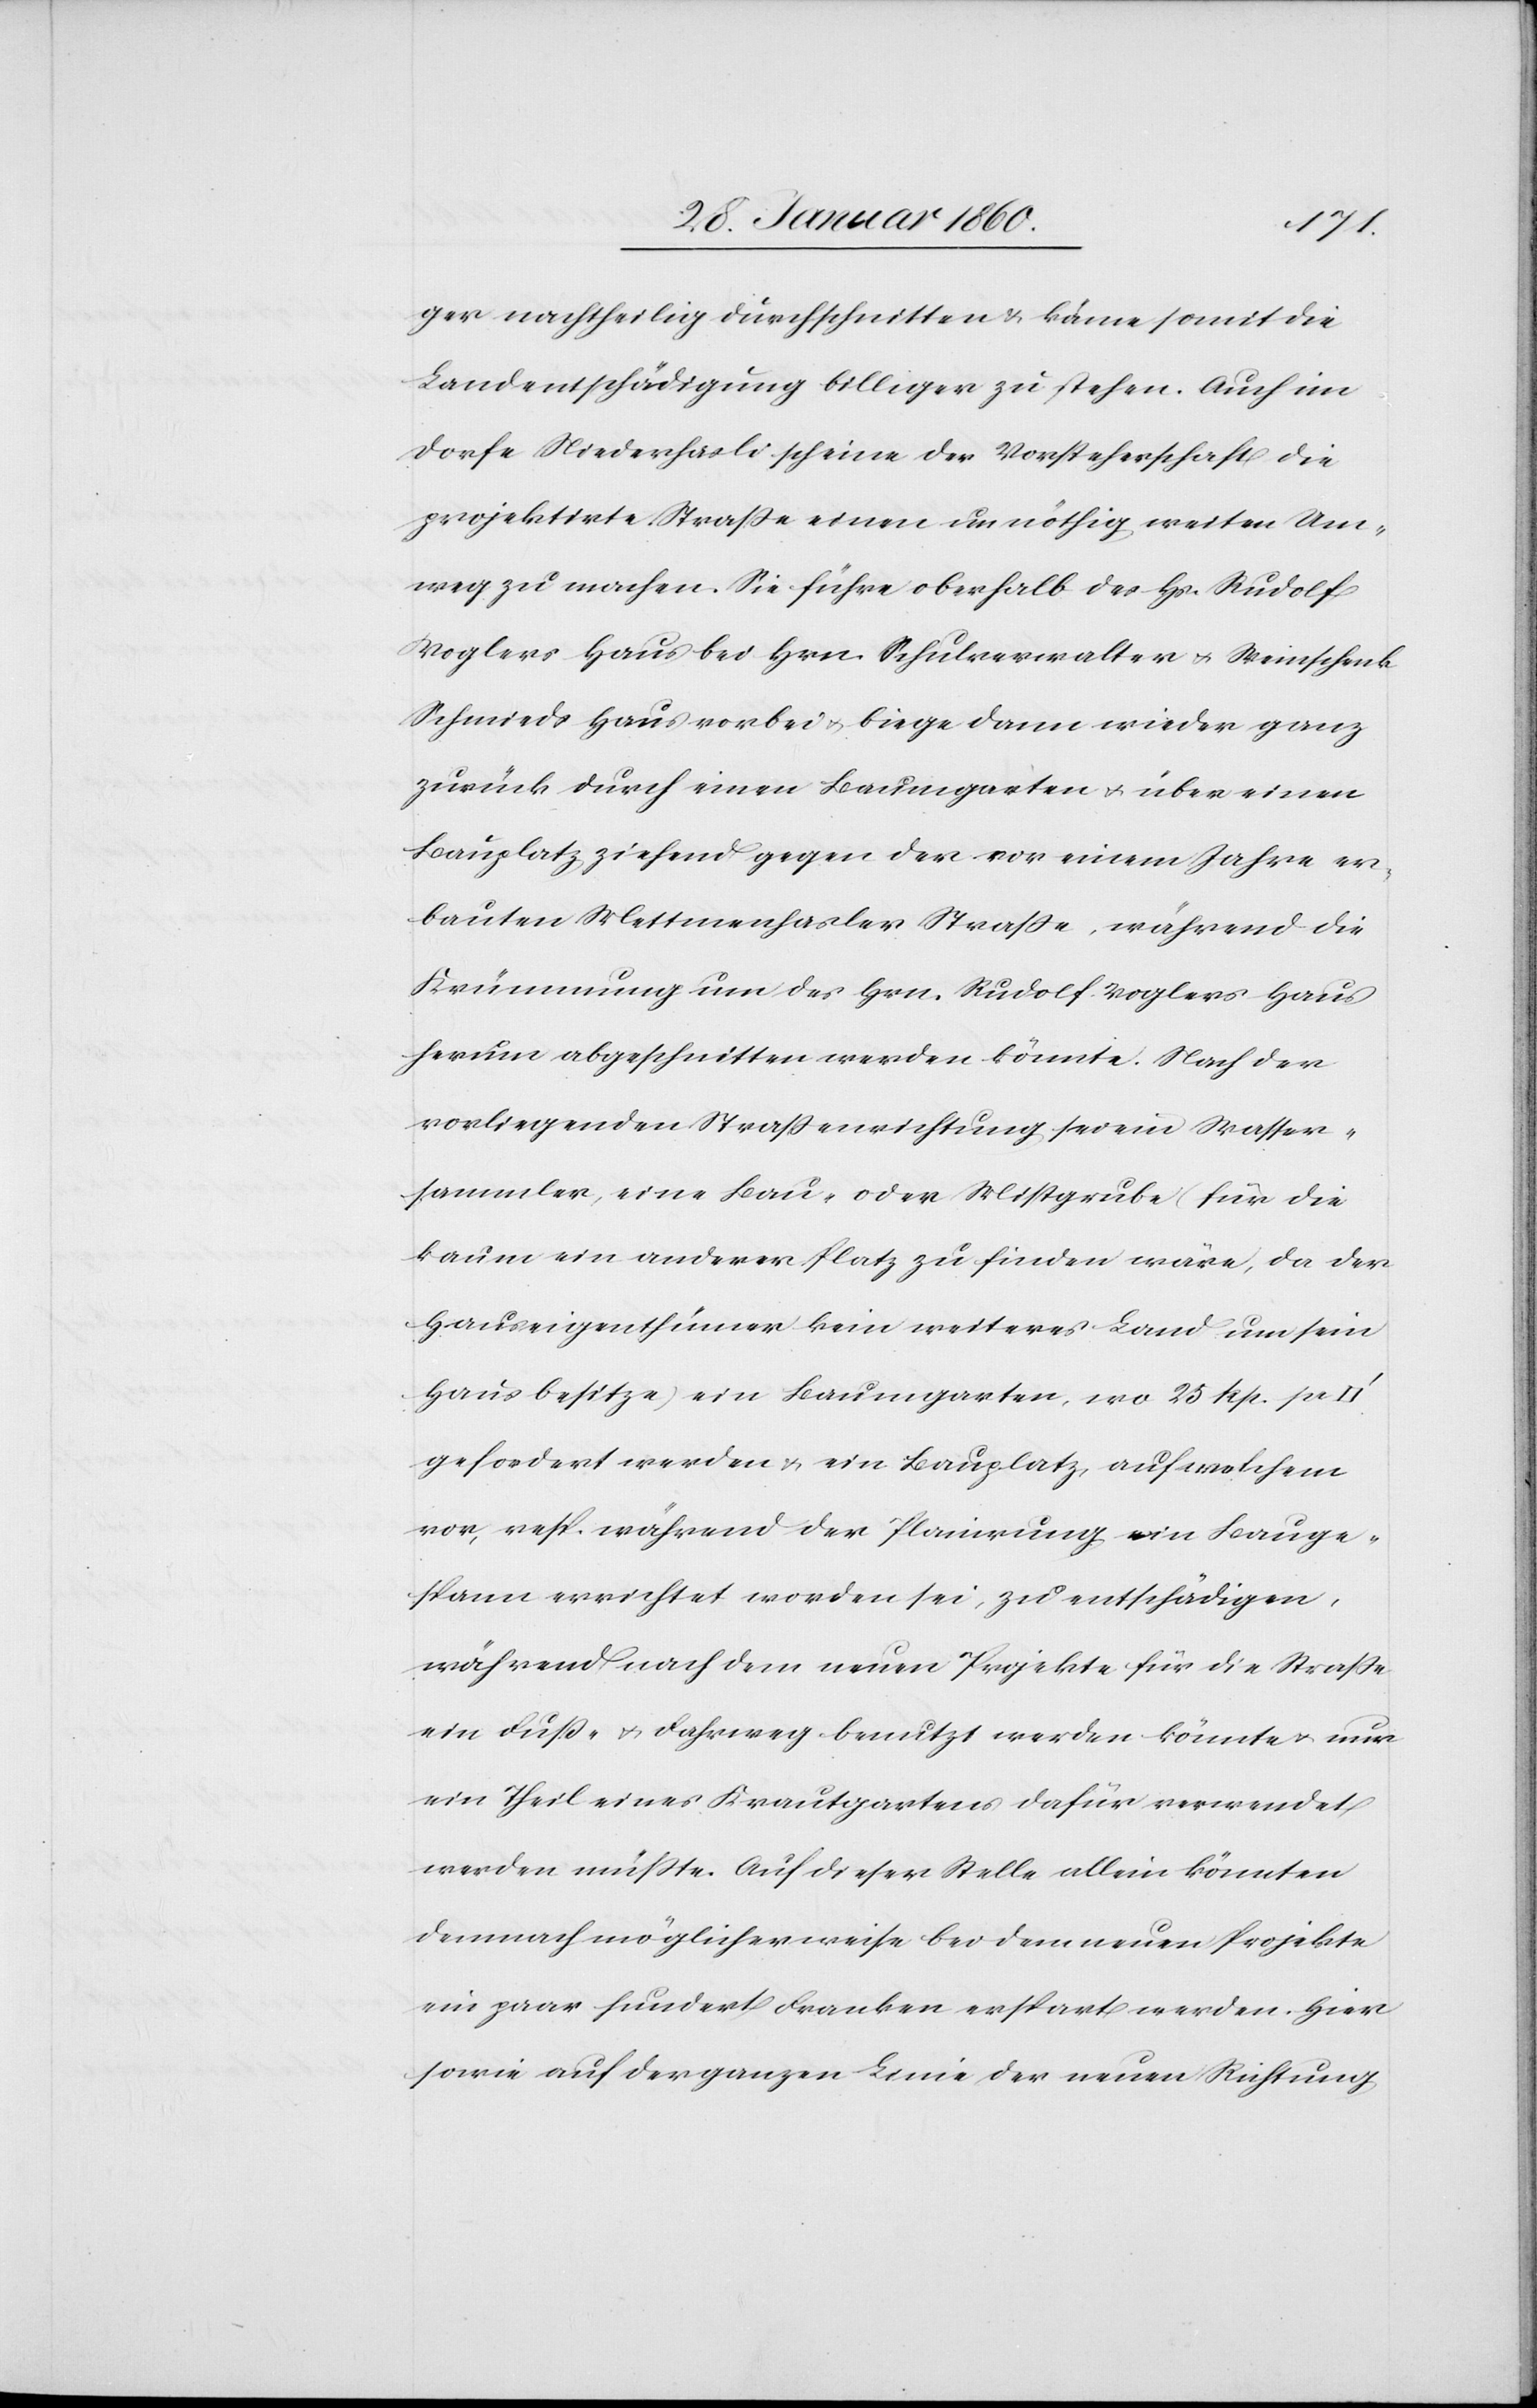
ger nachtheilig durchschnitten u. käme somit die
Landentschädigung billiger zu stehen. Auch im
Dorfe Niederhasli scheine der Vorsteherschaft die
projektirte Strasse einen unnöthigen weiten Um¬
weg zu machen. Sie führe oberhalb des Hr. Rudolf
Koglers Haus bei Hrn. Schulverwalter u. Weinschenk
Schmieds Haus vorbei u. biege dann wieder ganz
zurück durch einen Baumgarten u. über einen
Bauplatz ziehend gegen der vor einem Jahre er¬
bauten Mettmerhasler Strasse, während die
Krümmung um des Hrn. Rudolf Koglers Haus
herum abgeschnitten werden könnte. Nach der
vorliegenden Strassenrichtung sei ein Wasser¬
sammler, eine Bau- oder Mistgrube (für die
kaum ein anderer Platz zu finden wäre, da der
Hauseigenthümer kein weiteres Land um sein
Haus besitze) ein Baumgarten, wo 25. Rp. je
gefordert werden u. ein Bauplatz, auf welchem
vor, resp. während der Planierung ein Bauge¬
spann errichte worden sei, zu entschädigen,
während nach dem neuen Projekte für die Strasse
ein Fuss- u. Fahrweg benutzt werden könnte u. nur
ein Theil eines Krautgartens dafür verwendet
werden müßte. Auf dieser Stelle allein könnten
demnach wo möglicherweise bei dem neuen Projekte
ein paar hundert Franken erspart werden. Hier
sowie auf der ganzen Linie der neuen Richtung